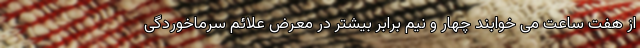
از هفت ساعت می خوابند چهار و نیم برابر بیشتر در معرض علائم سرماخوردگی